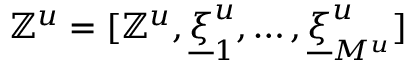
\mathbb { Z } ^ { u } = [ \mathbb { Z } ^ { u } , \underline { { \xi } } _ { 1 } ^ { u } , \dots , \underline { { \xi } } _ { M ^ { u } } ^ { u } ]